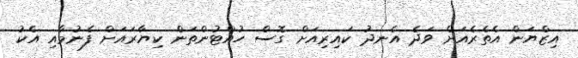
އިޒްޔަން އެތެރެއަށް ވަދެ އެނދު ކައިރިއަށް ގޮސް ހުއްޓުންތަން ކިޔާރައަށް ފެނުމާއި އެކު